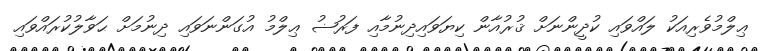
ޢިލްމުވެރިއަކު ލައްވައި ކުދީންނަށް ޤުރުއާން ކިޔަވައިދިނުމާއި ފަރުޟު ޢިލްމު އުގަންނަވައި ދިނުމަށް ޙަވާލުކުރައްވައި